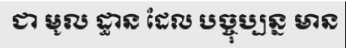
ជា មូល ដ្ធាន ដែល បច្ចុប្បន្ន មាន